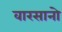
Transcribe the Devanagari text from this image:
वारसानो